Annual administration and progress report of the Indian Medical Department, Bombay
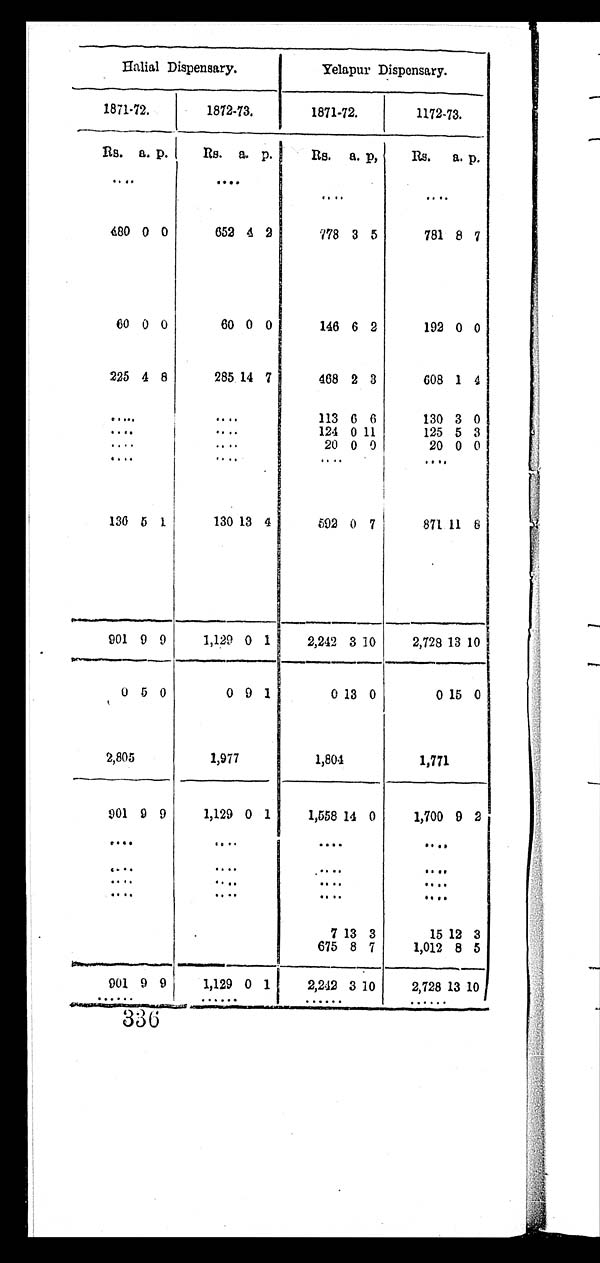
Halial Dispensary.
Yelapur Dispensary.
1871-72.
1872-73.
1871-72.
1172-73.
Rs. a. p. Rs. a. p.
Rs. a. p.
Rs.
a. p.
. . .
. . .
. . .
. . .
480 0 0
652 4 2
778 3 5
781 8 7
60 0 0
60 0 0
146 6 2
192 0 0
225 4 8
285 14 7
468 2 3
608 1
4
. . .
. . .
113 6 6
130 3 0
. . .
. . .
124 0 11
125 5 3
. . .
. . .
2 0
0 0
20 0 0
. . .
. . .
. . .
. . .
136 5 1
130 13 4
592 0 7
871 11 8
901 9 9
1,129 0 1
2,242 3 10
2,728 13 10
0 5 0
0 9 1
0 13 0
0 15 0
2,805
1,977
1,804
1,771
901 9 9
1,129 0 1
1,558
1 4
0
1,700 9 2
. . .
. . .
. . .
. . .
. . .
. . .
. . .
. . .
. . .
. . .
. . .
. . .
. . .
. . .
. . .
. . .
7 13 3
15 12 3
675 8 7
1,012 8 5
901 9 . . . 9
1,129 0 . . . 1
2,242 3 . . . 10
2,728 13 . . . 10
336